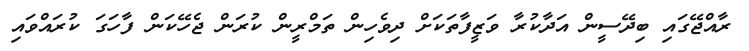
ރާއްޖޭގައި ބިދޭސީން އަދާކުރާ ވަޒީފާތަކަށް ދިވެހިން ތަމްރީން ކުރަން ޖެހޭކަން ފާހަގަ ކުރައްވައި